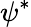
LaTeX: \psi^{\ast}